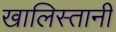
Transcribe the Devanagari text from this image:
खालिस्तानी